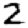
Digit: 2